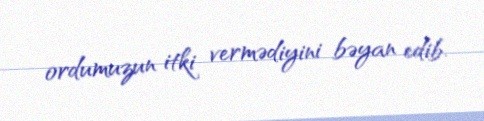
ordumuzun itki vermədiyini bəyan edib.